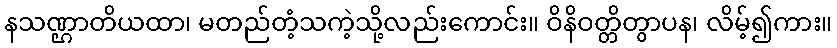
နသဏ္ဌာတိယထာ၊ မတည်တံ့သကဲ့သို့လည်းကောင်း။ ဝိနိဝတ္တိတွာပန၊ လိမ့်၍ကား။